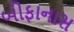
બીફાનાસ